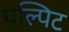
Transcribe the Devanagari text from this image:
पल्पिट